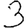
Digit: 3